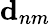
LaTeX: \mathbf{d}_{nm}